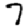
Digit: 7